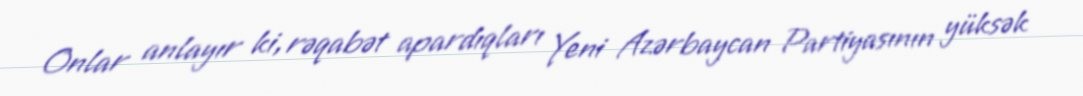
Onlar anlayır ki, rəqabət apardıqları Yeni Azərbaycan Partiyasının yüksək